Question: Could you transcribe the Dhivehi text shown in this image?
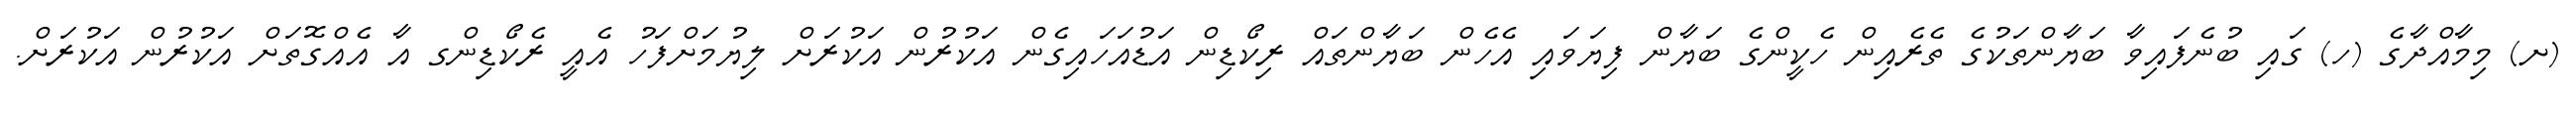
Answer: (ށ) މިމާއްދާގެ (ހ) ގައި ބުނެފައިވާ ބަޔާންތަކުގެ ތެރެއިން ހެކީންގެ ބަޔާން ފިޔަވައި އެހެން ބަޔާންތައް ރިކޯޑިން އަޑުއަހައިގެން އަކުރުން އަކުރަށް ލިޔުމަށްފަހު އެއީ ރެކޯޑިންގ އާ އެއްގޮތަށް އަކުރުން އަކުރަށް.